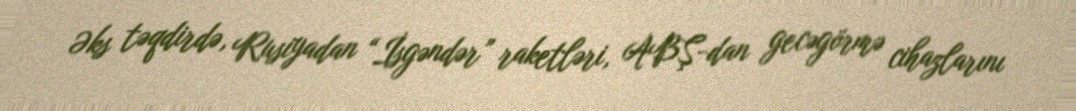
Əks təqdirdə, Rusiyadan “İsgəndər” raketləri, ABŞ-dan gecəgörmə cihazlarını